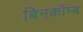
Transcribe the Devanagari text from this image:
बिनकॉम्ब